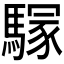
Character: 𩥃